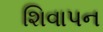
શિવાપન